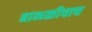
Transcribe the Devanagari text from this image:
बाभळीचाच